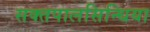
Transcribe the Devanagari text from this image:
सक्तपालसिन्धिया